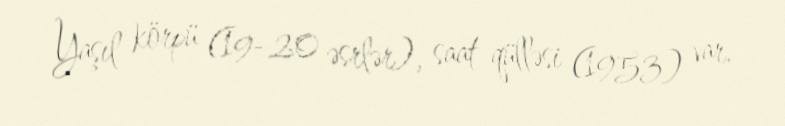
Yaşıl körpü (19–20 əsrlər), saat qülləsi (1953) var.